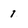
Character: 1